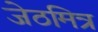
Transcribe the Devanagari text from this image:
जेठमित्र